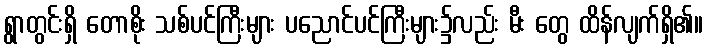
ရွာတွင်းရှိ တောစိုး သစ်ပင်ကြီးများ ပညောင်ပင်ကြီးများ၌လည်း မီး တွေ ထိန်လျက်ရှိ၏။